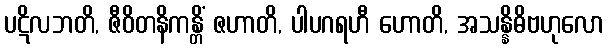
ပဋိလဘတိ, ဇီဝိတနိကန္တိံ ဇဟာတိ, ပါပဂရဟီ ဟောတိ, အသန္နိဓိဗဟုလော